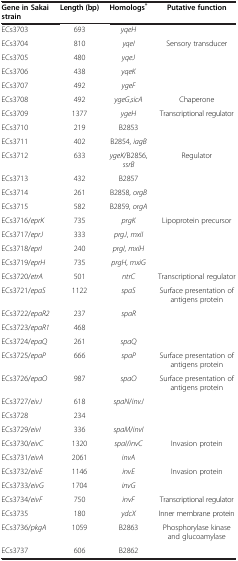
<table><thead><tr><td><b>Gene in Sakai strain</b></td><td><b>Length (bp)</b></td><td><b>Homologs<sup>*</sup></b></td><td><b>Putative function</b></td></tr></thead><tbody><tr><td>ECs3703</td><td>693</td><td><i>yqeH</i></td><td> </td></tr><tr><td>ECs3704</td><td>810</td><td><i>yqeI</i></td><td>Sensory transducer</td></tr><tr><td>ECs3705</td><td>480</td><td><i>yqeJ</i></td><td> </td></tr><tr><td>ECs3706</td><td>438</td><td><i>yqeK</i></td><td> </td></tr><tr><td>ECs3707</td><td>492</td><td><i>ygeF</i></td><td> </td></tr><tr><td>ECs3708</td><td>492</td><td><i>ygeG</i>,<i>sicA</i></td><td>Chaperone</td></tr><tr><td>ECs3709</td><td>1377</td><td><i>ygeH</i></td><td>Transcriptional regulator</td></tr><tr><td>ECs3710</td><td>219</td><td>B2853</td><td> </td></tr><tr><td>ECs3711</td><td>402</td><td>B2854, <i>iagB</i></td><td> </td></tr><tr><td>ECs3712</td><td>633</td><td><i>ygeK</i>/B2856, <i>ssrB</i></td><td>Regulator</td></tr><tr><td>ECs3713</td><td>432</td><td>B2857</td><td> </td></tr><tr><td>ECs3714</td><td>261</td><td>B2858, <i>orgB</i></td><td> </td></tr><tr><td>ECs3715</td><td>582</td><td>B2859, <i>orgA</i></td><td> </td></tr><tr><td>ECs3716/<i>eprK</i></td><td>735</td><td><i>prgK</i></td><td>Lipoprotein precursor</td></tr><tr><td>ECs3717/<i>eprJ</i></td><td>333</td><td><i>prgJ</i>, <i>mxiI</i></td><td> </td></tr><tr><td>ECs3718/<i>eprI</i></td><td>240</td><td><i>prgI</i>, <i>mxiH</i></td><td> </td></tr><tr><td>ECs3719/<i>eprH</i></td><td>735</td><td><i>prgH</i>, <i>mxiG</i></td><td> </td></tr><tr><td>ECs3720/<i>etrA</i></td><td>501</td><td><i>ntrC</i></td><td>Transcriptional regulator</td></tr><tr><td>ECs3721/<i>epaS</i></td><td>1122</td><td><i>spaS</i></td><td>Surface presentation of antigens protein</td></tr><tr><td>ECs3722/<i>epaR2</i></td><td>237</td><td><i>spaR</i></td><td> </td></tr><tr><td>ECs3723/<i>epaR1</i></td><td>468</td><td> </td><td> </td></tr><tr><td>ECs3724/<i>epaQ</i></td><td>261</td><td><i>spaQ</i></td><td> </td></tr><tr><td>ECs3725/<i>epaP</i></td><td>666</td><td><i>spaP</i></td><td>Surface presentation of antigens protein</td></tr><tr><td>ECs3726/<i>epaO</i></td><td>987</td><td><i>spaO</i></td><td>Surface presentation of antigens protein</td></tr><tr><td>ECs3727/<i>eivJ</i></td><td>618</td><td><i>spaN</i>/<i>invJ</i></td><td> </td></tr><tr><td>ECs3728</td><td>234</td><td> </td><td> </td></tr><tr><td>ECs3729/<i>eivI</i></td><td>336</td><td><i>spaM</i>/<i>invI</i></td><td> </td></tr><tr><td>ECs3730/<i>eivC</i></td><td>1320</td><td><i>spaI</i>/<i>invC</i></td><td>Invasion protein</td></tr><tr><td>ECs3731/<i>eivA</i></td><td>2061</td><td><i>invA</i></td><td> </td></tr><tr><td>ECs3732/<i>eivE</i></td><td>1146</td><td><i>invE</i></td><td>Invasion protein</td></tr><tr><td>ECs3733/<i>eivG</i></td><td>1704</td><td><i>invG</i></td><td> </td></tr><tr><td>ECs3734/<i>eivF</i></td><td>750</td><td><i>invF</i></td><td>Transcriptional regulator</td></tr><tr><td>ECs3735</td><td>180</td><td><i>ydcX</i></td><td>Inner membrane protein</td></tr><tr><td>ECs3736/<i>pkgA</i></td><td>1059</td><td>B2863</td><td>Phosphorylase kinase and glucoamylase</td></tr><tr><td>ECs3737</td><td>606</td><td>B2862</td><td> </td></tr></tbody></table>